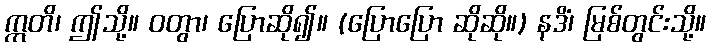
ဣတိ၊ ဤသို့။ ဝတွာ၊ ပြောဆို၍။ (ပြောပြော ဆိုဆို။) နဒိံ၊ မြစ်တွင်းသို့။